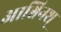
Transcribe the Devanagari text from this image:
आश्विनश्